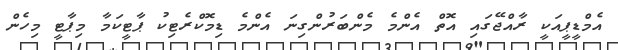
އެމްޑީޕީއަކީ ރާއްޖޭގައި އޮތް އެންމެ މެންބަރުންގިނަ އެންމެ ޑިމޮކްރެޓިކު ޕާޓީކަމާ މިޕާޓީ މިހެން